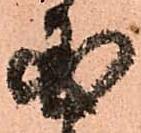
国